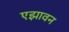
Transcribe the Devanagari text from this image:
एझावन